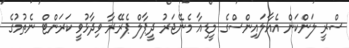
ސްރީ ލަންކަން އެއާލައިންސްގެ މީޑިއާ މެނޭޖަރު ދީޕާލް ޕެރޭރާ ވިދާޅުވީ ކަރަންޓް ނެތުމުގެ